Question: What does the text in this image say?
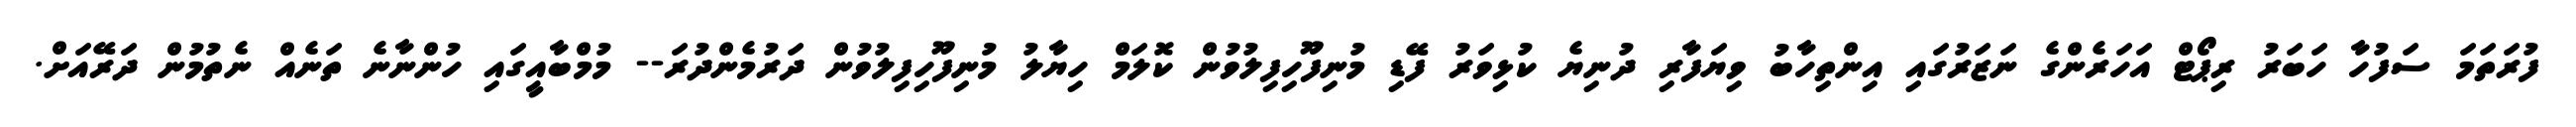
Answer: ފުރަތަމަ ސަފުހާ ހަބަރު ރިޕޯޓް އަހަރެންގެ ނަޒަރުގައި އިންތިހާބު ވިޔަފާރި ދުނިޔެ ކުޅިވަރު ފޭޑި މުނިފޫހިފިލުވުން ކޮލަމް ހިޔާލު މުނިފޫހިފިލުވުން ދަރުމެންދުރަ-- މުމްބާއީގައި ހުންނާނެ ތަނެއް ނެތުމުން ދަރޭއަށް.